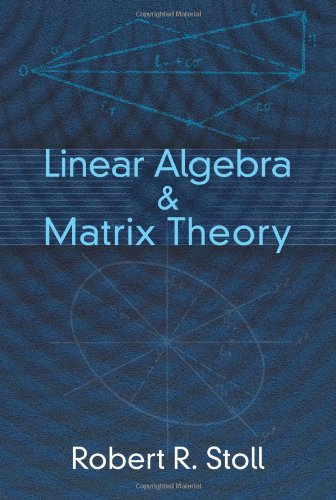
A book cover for Linear Algebra and Matrix Theory (Dover Books on Mathematics); Robert R. Stoll; Science & Math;